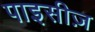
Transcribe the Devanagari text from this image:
पाइसीज़